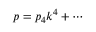
p = p _ { 4 } k ^ { 4 } + \cdots